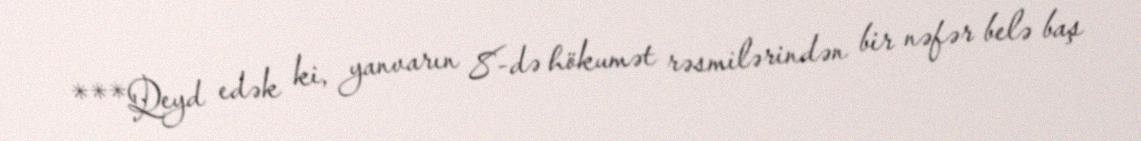
***Qeyd edək ki, yanvarın 8-də hökumət rəsmilərindən bir nəfər belə baş